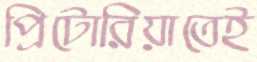
প্রিটোরিয়াতেই